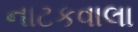
નાટકવાલા